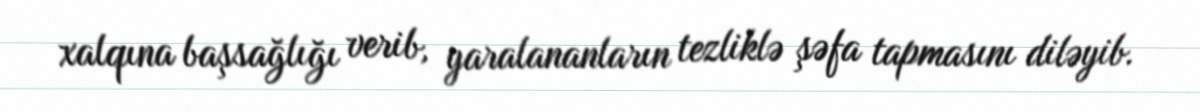
xalqına başsağlığı verib, yaralananların tezliklə şəfa tapmasını diləyib.